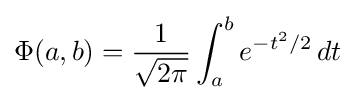
\Phi (a,b)={\frac {1}{\sqrt {2\pi }}}\int _{a}^{b}e^{-t^{2}/2}\,dt